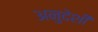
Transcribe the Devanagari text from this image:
अनुदेशी